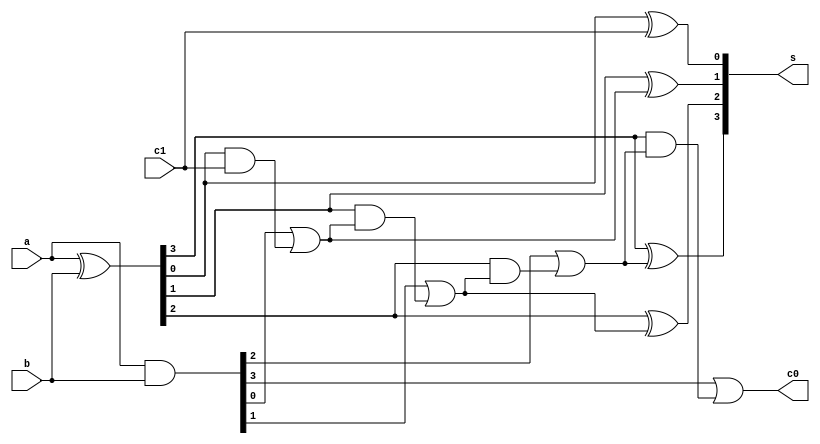
`timescale 1ns / 1ps
//////////////////////////////////////////////////////////////////////////////////
// Company: 
// Engineer: 
// 
// Design Name: 
// Module Name: CLA_adder
// Project Name: 
// Target Devices: 
// Tool Versions: 
// Description: 
// 
// Dependencies: 
// 
// Revision:
// Revision 0.01 - File Created
// Additional Comments:
// 
//////////////////////////////////////////////////////////////////////////////////


module CLA_adder(a,b,c1,s,c0);
input[3:0]a,b;
input c1;
output[3:0]s;
output c0;
wire[3:0]g;
wire[3:0]p;
wire[4:0]c;
assign g=a&b;
assign p=a^b;
assign c[0]=c1;
genvar i;
generate
for(i=0;i<4;i=i+1)
begin
assign c[i+1]=g[i]|p[i] &c[i];
assign s[i]=p[i]^c[i];
end
endgenerate
assign c0=c[4];





endmodule